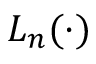
L _ { n } ( \cdot )